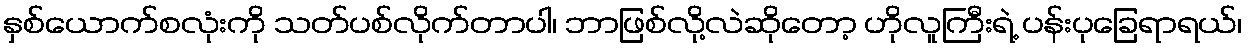
နှစ်ယောက်စလုံးကို သတ်ပစ်လိုက်တာပါ၊ ဘာဖြစ်လို့လဲဆိုတော့ ဟိုလူကြီးရဲ့ ပန်းပုခြေရာရယ်၊